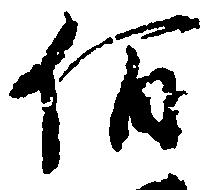
佰